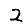
Digit: 2